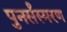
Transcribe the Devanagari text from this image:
पुनर्संस्मरण